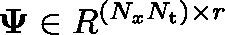
\mathbf { \Psi } \in \mathbb { R } ^ { ( N _ { x } N _ { \mathrm { t } } ) \times r }